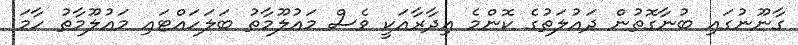
ގާނޫނުގައި ބުނާގޮތުން ދައުލަތުގެ ކޮންމެ އިދާރާއަކީ ވެސް މައުލޫމާތު ބަލަހައްޓައި މައުލޫމާތު ހާމަ